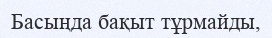
Басыңда бақыт тұрмайды,